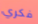
فكري